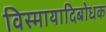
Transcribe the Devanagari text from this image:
विस्मायादिबोधक